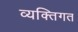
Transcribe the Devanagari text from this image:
व्यक्‍तिगत